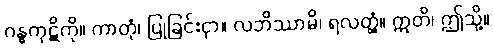
ဂန္ဓကုဋိကို။ ကာတုံ၊ ပြုခြင်းငှာ။ လဘိဿာမိ၊ ရလတ္တံ့။ ဣတိ၊ ဤသို့။